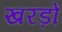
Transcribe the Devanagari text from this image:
खरड़ों